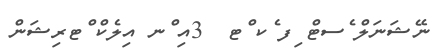
ނޭޝަނަލް ެސޓް ިފ ެކ ްޓ  3އި ްނ އިލެކް ްޓރިޝަން